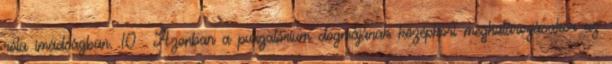
róla imádságban. 10 Azonban a purgatórium dogmájának középkori meghatározásakor az